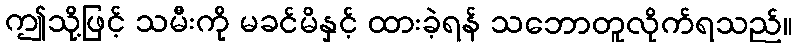
ဤသို့ဖြင့် သမီးကို မခင်မိနှင့် ထားခဲ့ရန် သဘောတူလိုက်ရသည်။